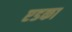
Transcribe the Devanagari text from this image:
एडका